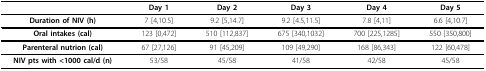
<table><thead><tr><td></td><td><b>Day 1</b></td><td><b>Day 2</b></td><td><b>Day 3</b></td><td><b>Day 4</b></td><td><b>Day 5</b></td></tr></thead><tbody><tr><td><b>Duration of NIV (h)</b></td><td>7 [4,10.5]</td><td>9.2 [5,14.7]</td><td>9.2 [4.5,11.5]</td><td>7.8 [4,11]</td><td>6.6 [4,10.7]</td></tr><tr><td><b>Oral intakes (cal)</b></td><td>123 [0,472]</td><td>510 [112,837]</td><td>675 [340,1032]</td><td>700 [225,1285]</td><td>550 [350,800]</td></tr><tr><td><b>Parenteral nutrion (cal)</b></td><td>67 [27,126]</td><td>91 [45,209]</td><td>109 [49,290]</td><td>168 [86,343]</td><td>122 [60,478]</td></tr><tr><td><b>NIV pts with &lt;1000 cal/d (n)</b></td><td>53/58</td><td>45/58</td><td>41/58</td><td>42/58</td><td>45/58</td></tr></tbody></table>